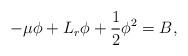
LaTeX: \begin{align*}-\mu \phi + L_r\phi + \frac{1}{2}\phi^2=B,\end{align*}